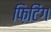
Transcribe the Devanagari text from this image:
फ़िटिंग